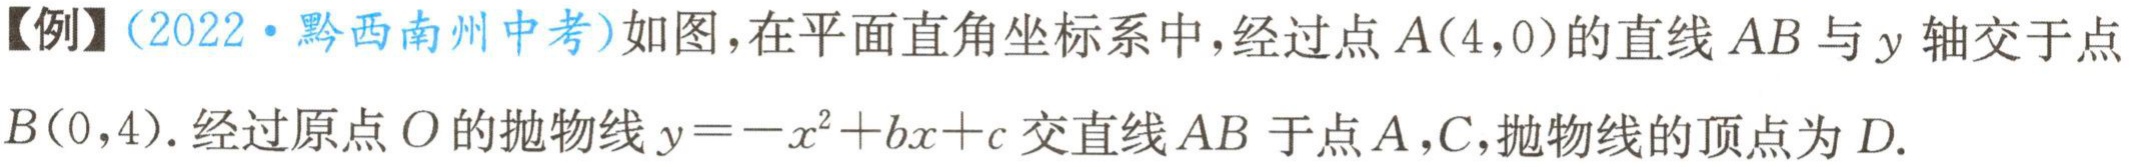
【例】(2022·黔西南州中考)如图，在平面直角坐标系中，经过点\(A(4,0)\)的直线\(AB\)与\(y\)轴交于点\(B(0,4)\). 经过原点\(O\)的抛物线\(y = -x^{2}+bx + c\)交直线\(AB\)于点\(A,C\)，抛物线的顶点为\(D\).